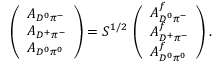
\left( \begin{array} { l } { { A _ { D ^ { 0 } \pi ^ { - } } } } \\ { { A _ { D ^ { + } \pi ^ { - } } } } \\ { { A _ { D ^ { 0 } \pi ^ { 0 } } } } \end{array} \right) = { \cal S } ^ { 1 / 2 } \, \left( \begin{array} { l } { { A _ { D ^ { 0 } \pi ^ { - } } ^ { f } } } \\ { { A _ { D ^ { + } \pi ^ { - } } ^ { f } } } \\ { { A _ { D ^ { 0 } \pi ^ { 0 } } ^ { f } } } \end{array} \right) .